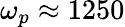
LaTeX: \omega_{p}\approx 1250